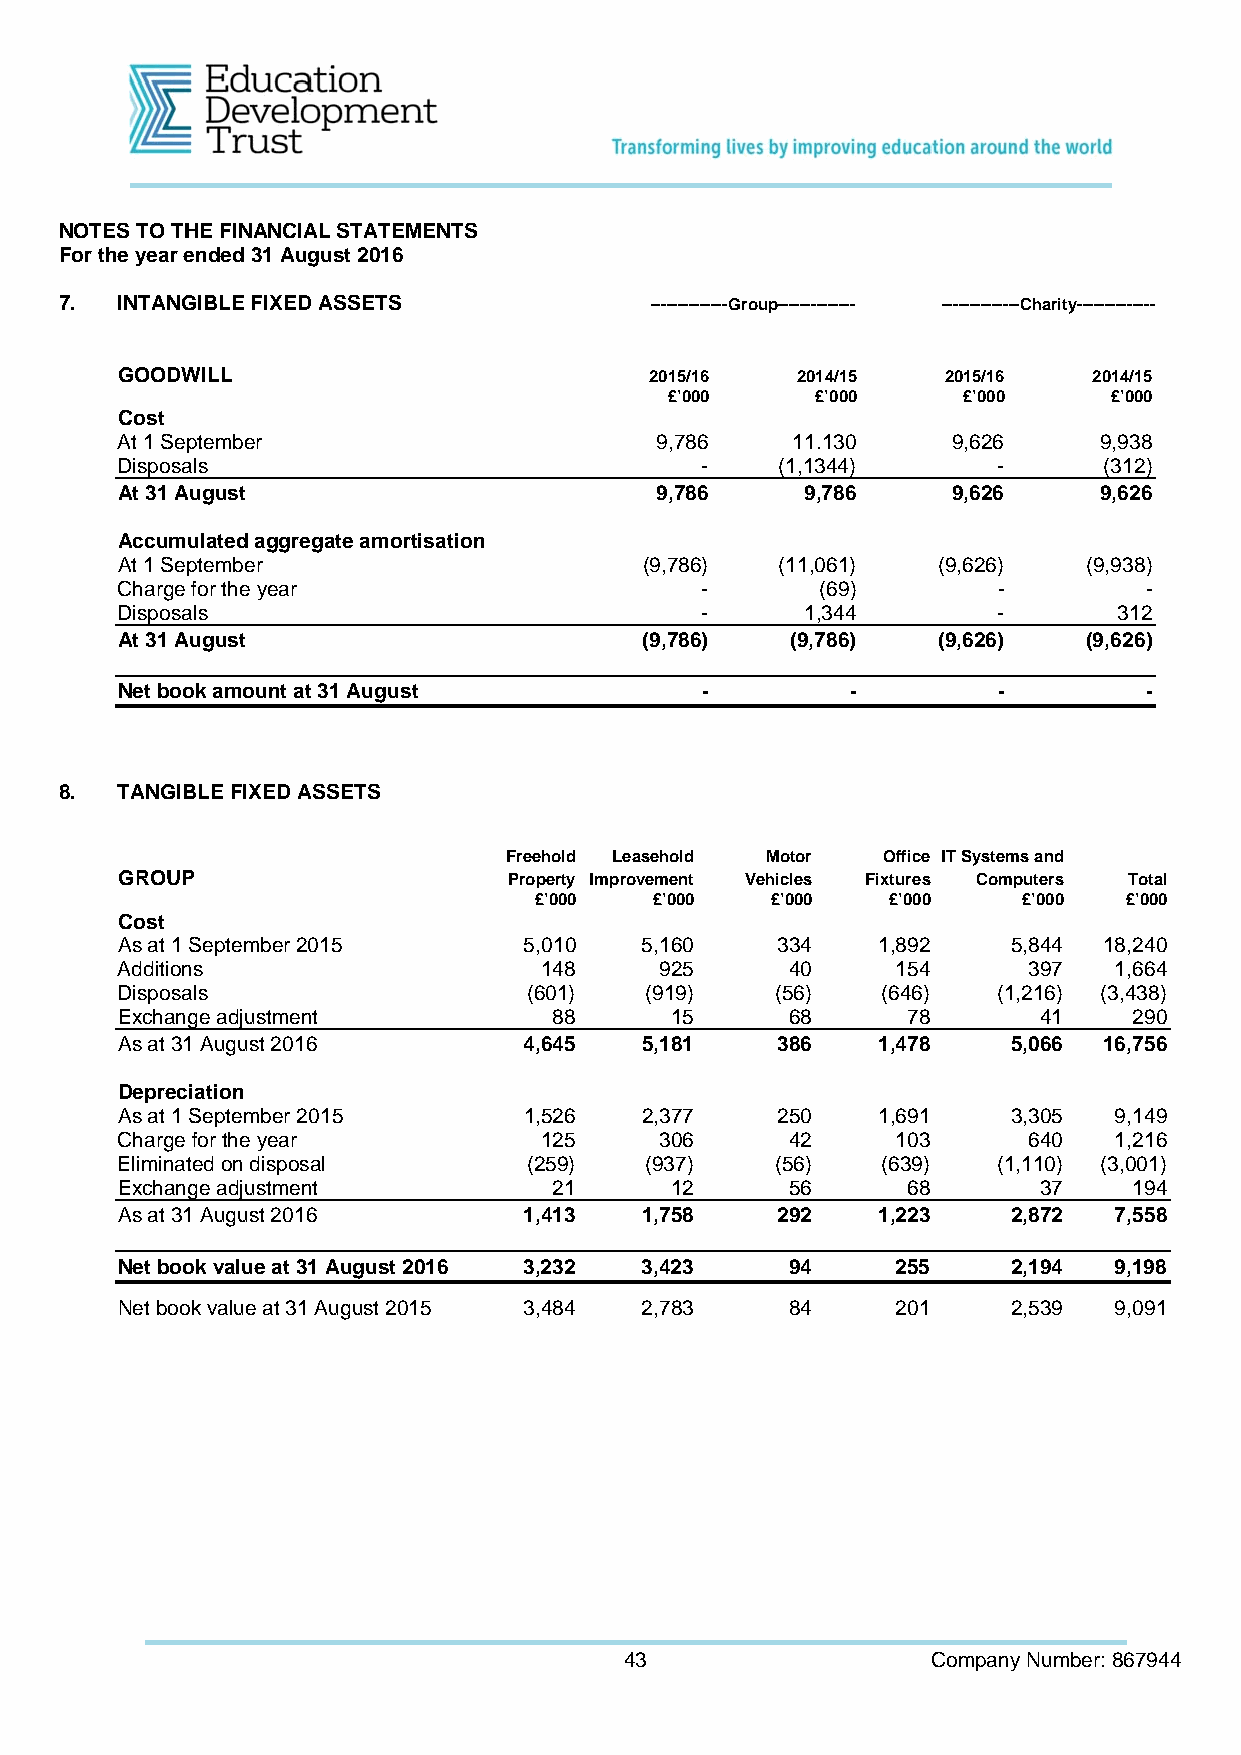
NOTES TO THE FINANCIAL STATEMENTS
 For the year ended 31 August 2016
 7.  INTANGIBLE FIXED ASSETS            --------------Group-------------- --------------Charity--------------
 GOODWILL                           2015/16   2014/15  2015/16   2014/15
 £’000     £’000     £’000    £’000
 Cost
 At 1 September                     9,786    11.130     9,626     9,938
 Disposals                             -     (1,1344)      -      (312)
 At 31 August                       9,786     9,786     9,626     9,626
 Accumulated aggregate amortisation
 At 1 September                     (9,786)  (11,061)  (9,626)   (9,938)
 Charge for the year                   -       (69)        -         -
 Disposals                             -      1,344        -       312
 At 31 August                       (9,786)  (9,786)   (9,626)   (9,626)
 Net book amount at 31 August          -         -         -         -
 8.  TANGIBLE FIXED ASSETS
 Freehold Leasehold Motor Office IT Systems and
 GROUP                     Property Improvement Vehicles Fixtures Computers Total
 £’000   £’000   £’000   £’000    £’000 £’000
 Cost
 As at 1 September 2015     5,010   5,160   334    1,892    5,844 18,240
 Additions                   148     925     40     154      397   1,664
 Disposals                  (601)   (919)   (56)   (646)   (1,216) (3,438)
 Exchange adjustment          88     15      68      78       41    290
 As at 31 August 2016       4,645   5,181   386    1,478    5,066 16,756
 Depreciation
 As at 1 September 2015     1,526   2,377   250    1,691    3,305  9,149
 Charge for the year         125     306     42     103      640   1,216
 Eliminated on disposal     (259)   (937)   (56)   (639)   (1,110) (3,001)
 Exchange adjustment          21     12      56      68       37    194
 As at 31 August 2016       1,413   1,758   292    1,223    2,872  7,558
 Net book value at 31 August 2016 3,232 3,423 94    255     2,194  9,198
 Net book value at 31 August 2015 3,484 2,783 84    201     2,539  9,091
 43                   Company Number: 867944